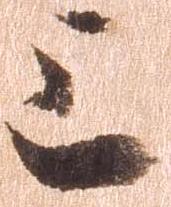
上